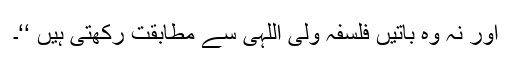
اور نہ وہ باتیں فلسفہ ولی اللہی سے مطابقت رکھتی ہیں ‘‘۔